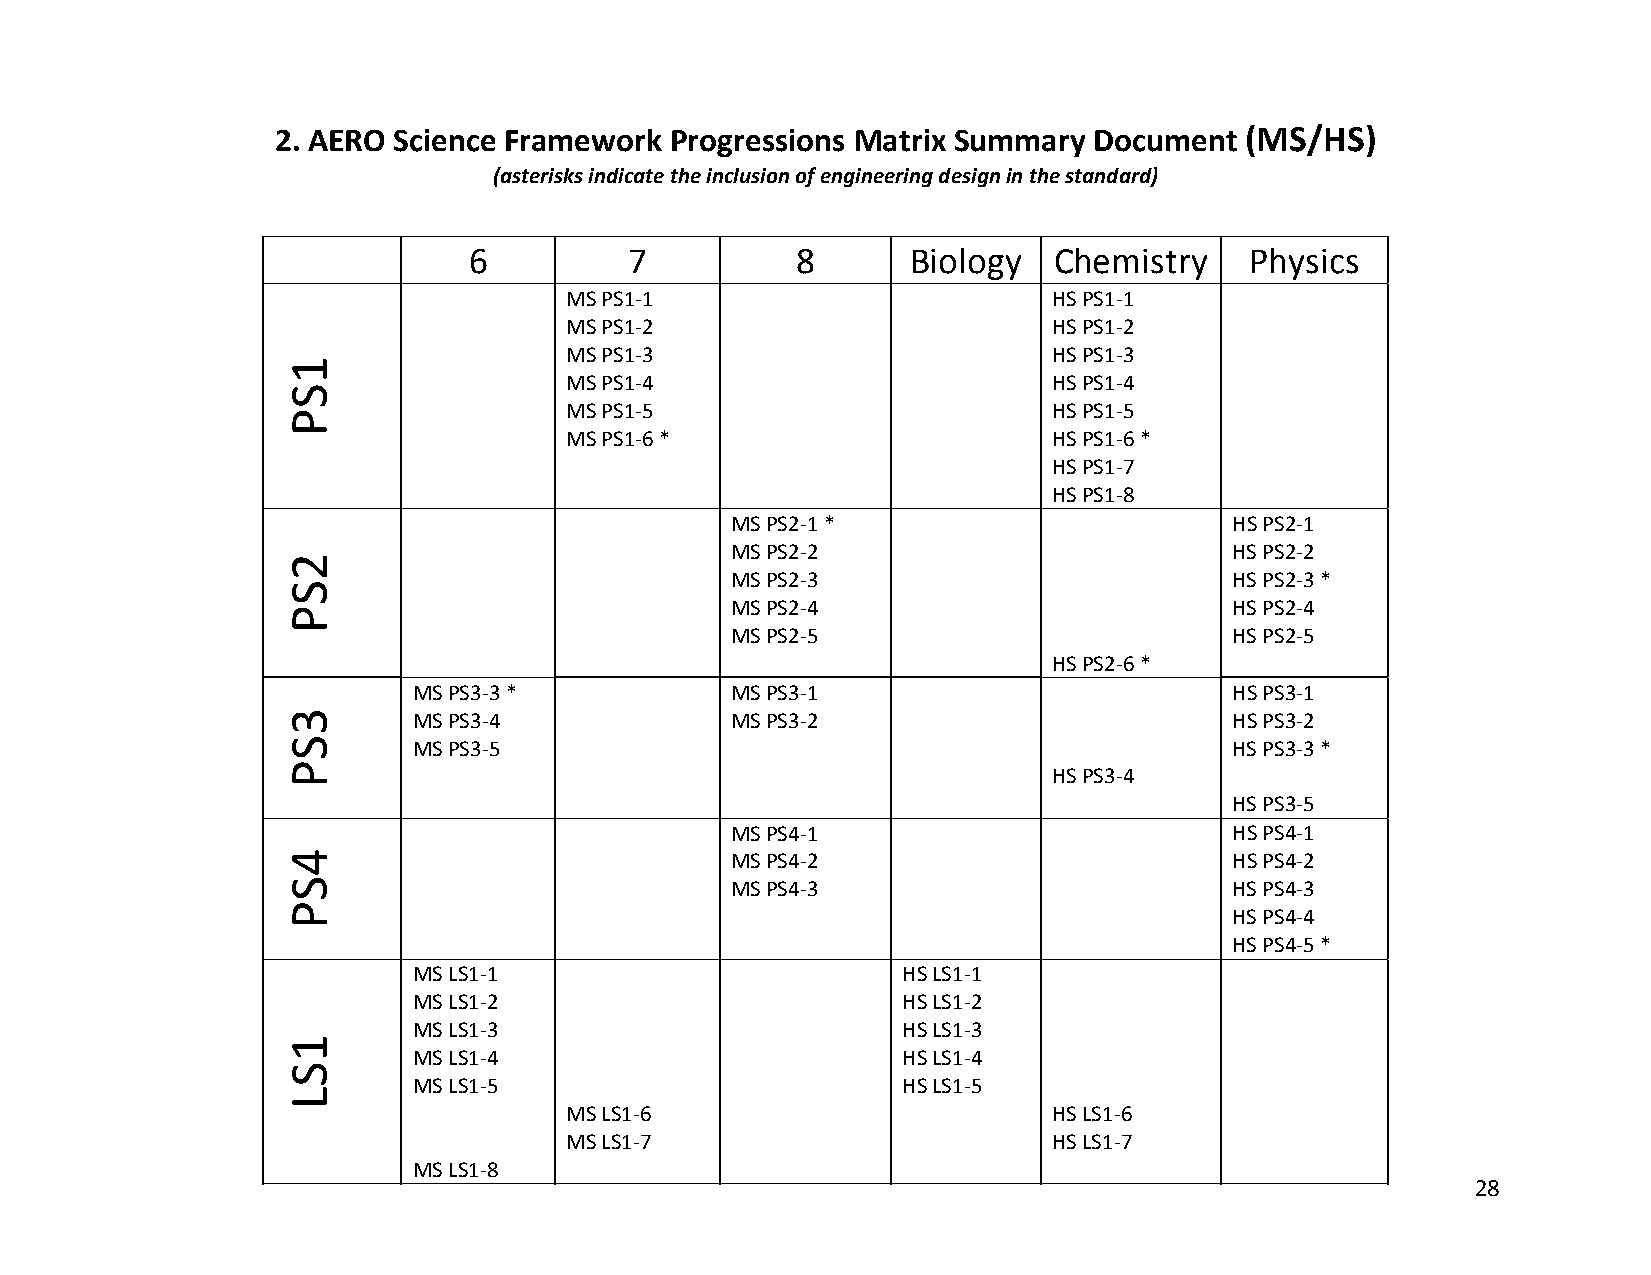
2. AERO Science Framework Progressions Matrix Summary Document  (MS/HS)
 (asterisks indicate the inclusion of engineering design in the standard)
 6          7          8      Biology   Chemistry    Physics
 MS PS1‐1                         HS PS1‐1
 MS PS1‐2                         HS PS1‐2
 MS PS1‐3                         HS PS1‐3
 MS PS1‐4                         HS PS1‐4
 MS PS1‐5                         HS PS1‐5
 MS PS1‐6 *                       HS PS1‐6 *
 HS PS1‐7
 HS PS1‐8
 MS PS2‐1 *                        HS PS2‐1
 MS PS2‐2                          HS PS2‐2
 MS PS2‐3                          HS PS2‐3 *
 MS PS2‐4                          HS PS2‐4
 MS PS2‐5                          HS PS2‐5
 HS PS2‐6 *
 MS PS3‐3 *           MS PS3‐1                          HS PS3‐1
 MS PS3‐4             MS PS3‐2                          HS PS3‐2
 MS PS3‐5                                               HS PS3‐3 *
 HS PS3‐4
 HS PS3‐5
 MS PS4‐1                          HS PS4‐1
 MS PS4‐2                          HS PS4‐2
 MS PS4‐3                          HS PS4‐3
 HS PS4‐4
 HS PS4‐5 *
 MS LS1‐1                         HS LS1‐1
 MS LS1‐2                         HS LS1‐2
 MS LS1‐3                         HS LS1‐3
 MS LS1‐4                         HS LS1‐4
 MS LS1‐5                         HS LS1‐5
 MS LS1‐6                         HS LS1‐6
 MS LS1‐7                         HS LS1‐7
 MS LS1‐8
 28
 1SP
 2SP
 3SP
 4SP
 1SL